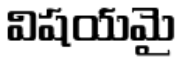
విషయమై